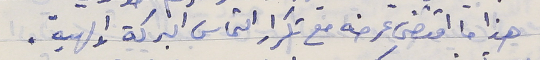
هذا ما اقتضى عرضه مع تكرار التماس البركة الالهية.